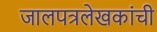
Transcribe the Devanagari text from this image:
जालपत्रलेखकांची